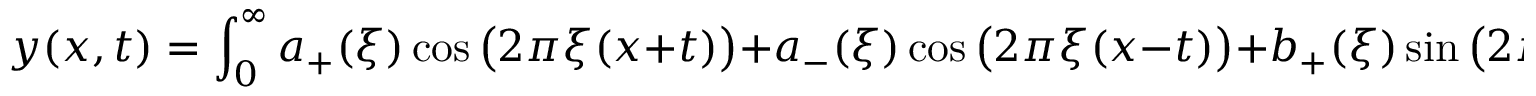
y ( x , t ) = \int _ { 0 } ^ { \infty } a _ { + } ( \xi ) \cos { \bigl ( } 2 \pi \xi ( x + t ) { \bigr ) } + a _ { - } ( \xi ) \cos { \bigl ( } 2 \pi \xi ( x - t ) { \bigr ) } + b _ { + } ( \xi ) \sin { \bigl ( } 2 \pi \xi ( x + t ) { \bigr ) } + b _ { - } ( \xi ) \sin \left( 2 \pi \xi ( x - t ) \right) \, d \xi